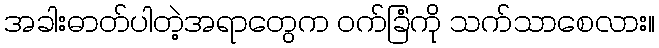
အခါးဓာတ်ပါတဲ့အရာတွေက ဝက်ခြံကို သက်သာစေလား။